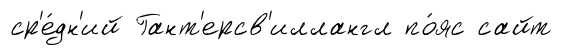
ср'е́дн'ий Гант'ерсв'иллангл по́яс сайт